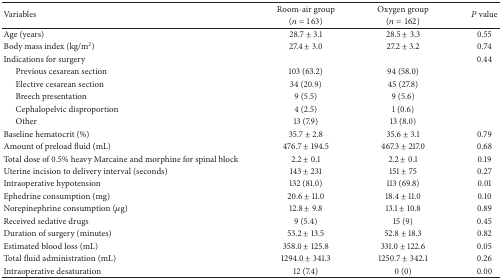
<table><thead><tr><td rowspan="2"><b>Variables</b></td><td><b>Room-air group</b></td><td><b>Oxygen group</b></td><td rowspan="2"><b><i>P</i> value</b></td></tr><tr><td><b>(<i>n</i> = 163)</b></td><td><b>(<i>n</i> = 162)</b></td></tr></thead><tbody><tr><td>Age (years)</td><td>28.7 ± 3.1</td><td>28.5 ± 3.3</td><td>0.55</td></tr><tr><td>Body mass index (kg/m<sup>2</sup>)</td><td>27.4 ± 3.0</td><td>27.2 ± 3.2</td><td>0.74</td></tr><tr><td>Indications for surgery</td><td> </td><td> </td><td>0.44</td></tr><tr><td>Previous cesarean section</td><td>103 (63.2)</td><td>94 (58.0)</td><td> </td></tr><tr><td>Elective cesarean section</td><td>34 (20.9)</td><td>45 (27.8)</td><td> </td></tr><tr><td>Breech presentation</td><td>9 (5.5)</td><td>9 (5.6)</td><td> </td></tr><tr><td>Cephalopelvic disproportion</td><td>4 (2.5)</td><td>1 (0.6)</td><td> </td></tr><tr><td>Other </td><td>13 (7.9)</td><td>13 (8.0)</td><td> </td></tr><tr><td>Baseline hematocrit (%)</td><td>35.7 ± 2.8</td><td>35.6 ± 3.1</td><td>0.79</td></tr><tr><td>Amount of preload fluid (mL)</td><td>476.7 ± 194.5</td><td>467.3 ± 217.0</td><td>0.68</td></tr><tr><td>Total dose of 0.5% heavy Marcaine and morphine for spinal block</td><td>2.2 ± 0.1</td><td>2.2 ± 0.1</td><td>0.19</td></tr><tr><td>Uterine incision to delivery interval (seconds)</td><td>143 ± 231</td><td>151 ± 75</td><td>0.27</td></tr><tr><td>Intraoperative hypotension</td><td>132 (81.0)</td><td>113 (69.8)</td><td>0.01</td></tr><tr><td>Ephedrine consumption (mg)</td><td>20.6 ± 11.0</td><td>18.4 ± 11.0</td><td>0.10</td></tr><tr><td>Norepinephrine consumption (<i>μ</i>g)</td><td>12.8 ± 9.8</td><td>13.1 ± 10.8</td><td>0.89</td></tr><tr><td>Received sedative drugs</td><td>9 (5.4)</td><td>15 (9)</td><td>0.45</td></tr><tr><td>Duration of surgery (minutes)</td><td>53.2 ± 13.5</td><td>52.8 ± 18.3</td><td>0.82</td></tr><tr><td>Estimated blood loss (mL)</td><td>358.0 ± 125.8</td><td>331.0 ± 122.6</td><td>0.05</td></tr><tr><td>Total fluid administration (mL)</td><td>1294.0 ± 341.3</td><td>1250.7 ± 342.1</td><td>0.26</td></tr><tr><td>Intraoperative desaturation</td><td>12 (7.4)</td><td>0 (0)</td><td>0.00</td></tr></tbody></table>